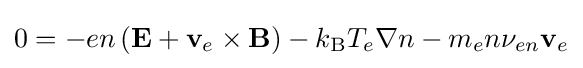
0=-en\left(\mathbf {E} +\mathbf {v} _{e}\times \mathbf {B} \right)-k_{\text{B}}T_{e}\nabla n-m_{e}n\nu _{en}\mathbf {v} _{e}